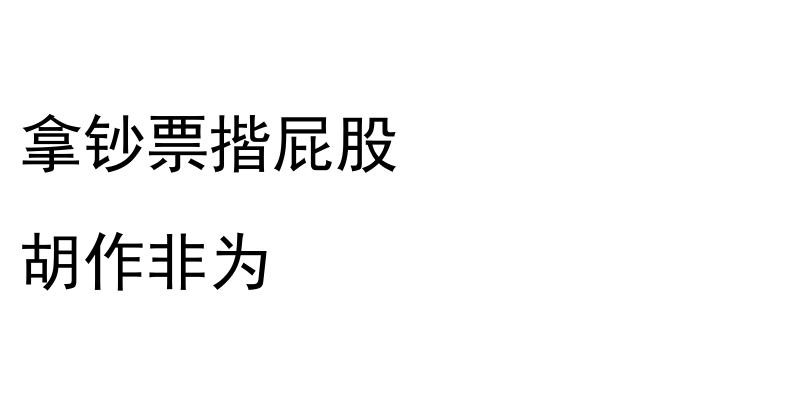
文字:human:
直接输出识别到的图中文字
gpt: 拿钞票揩屁股 胡作非为